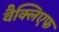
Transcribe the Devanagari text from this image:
वैक्लिएफ